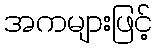
အကများဖြင့်